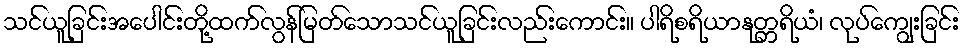
သင်ယူခြင်းအပေါင်းတို့ထက်လွန်မြတ်သောသင်ယူခြင်းလည်းကောင်း။ ပါရိစရိယာနုတ္တရိယံ၊ လုပ်ကျွေးခြင်း